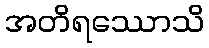
အတိရဿောသိ